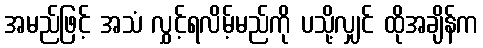
အမည်ဖြင့် အသံ လွှင့်ရလိမ့်မည်ကို ပသို့လျှင် ထိုအချိန်က